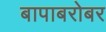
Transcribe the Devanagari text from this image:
बापाबरोबर